Annual administration report of the Civil Veterinary Department of India - 1905-1906
Year: 1905
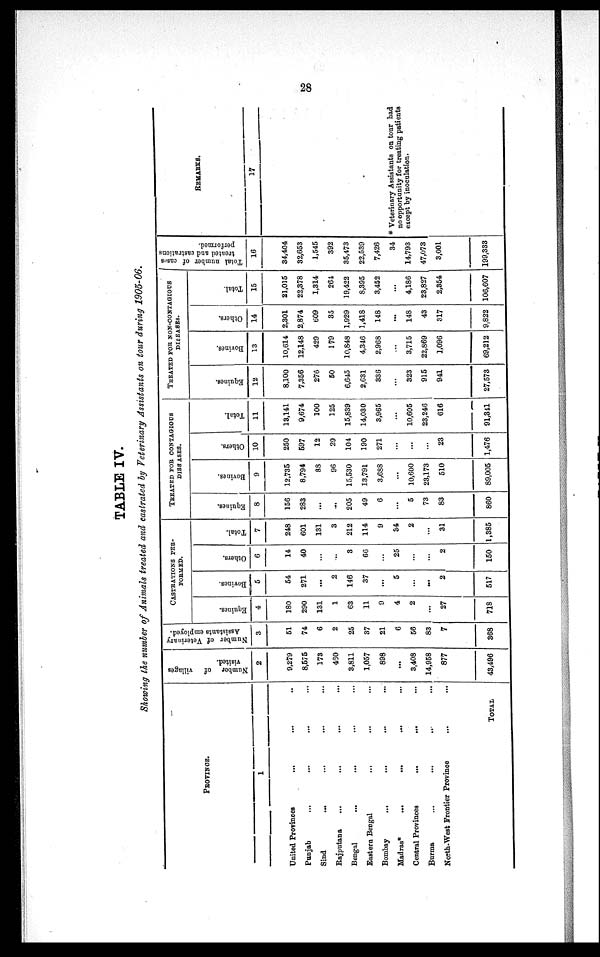
28
TABLE IV.
Showing the number of Animals treated and castrated by Veterinary Assistants on tour during 1905-06.
PROVINCE.
1
United Provinces ... ... ...
Punjab ... ... ... ...
Sind ... ... ... ...
Rajputana ... ... ... ...
Bengal
...
...
... ...
Eastern Bengal
... ... ...
Bombay
... ... ... ...
Madras*
...
... ... ...
Central Provinces
... ...
Burma
...
...
... ...
North-West Frontier Province ... ...
TOTAL
Number of
villages
visited.
2
9,279
8,575
173
460
3,811
1,057
898
...
3,408
14,958
877
43,496
Number of Veterinary
Assistants employed.
3
51
74
6
2
25
37
21
6
56
83
7
368
CASTRATIONS
PER-
FORMED.
Equities.
4
180
290
131
1
63
11
9
4
2
...
27
718
Bovines.
5
54
271
...
2
146
37
...
5
...
...
2
517
Others.
6
14
40
...
...
3
66
...
25
...
...
2
150
Total.
7
248
601
131
3
212
114
9
34
2
...
31
1,385
TREATED FOR CONTAGIOUS DISR ASES.
Equities.
8
156
283
...
...
205
49
6
...
5
73
83
860
Bovines.
9
12,735
8,794
38
96
15,530
13,791
3,688
...
10,600
23,173
510
89,005
Others.
10
250
597
12
29
104
190
271
...
...
...
23
1,476
Total.
11
13,141
9,674
100
125
15,839
14,030
3,965
...
10,605
23,246
616
91,341
TREATED FOR NON-CONTAGIOUS DISEASES.
Equines.
12
8,100
7,356
276
50
6,645
2,631
336
...
323
915
941
27,573
Bovines.
13
10,614
12,148
429
179
10,848
4,34,6
2,968
...
3,715
22,869
1,096
69,212
Others.
14
2,301
2,874
609
35
1,929
1,418
148
...
148
43
317
9,822
Total.
15
21,015
22,378
1,314
264
19,422
8,395
3,452
...
4,186
23,827
2,354
106,607
Total number of cases
treated and castrations
performed.
16
34,404
32,653
1,545
392
35,473
22,539
7,426
34
14,793
47,073
3,001
199,333
REMARKS.
17
* Veterinary Assistants on tour had
no opportunity for treating patients
except by inoculation.